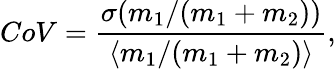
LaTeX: CoV=\frac{\sigma(m_{1}/(m_{1}+m_{2}))}{\langle m_{1}/(m_{1}+m_{2})\rangle},